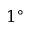
1 ^ { \circ }